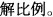
解比例。